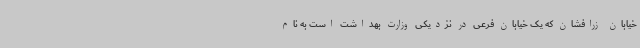
خیابان زرافشان که یک خیابان فرعی در نزدیکی وزارت بهداشت است به نام